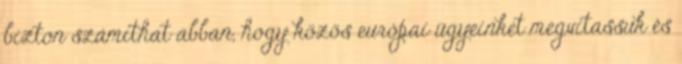
bizton számíthat abban, hogy közös európai ügyeinket megvitassuk és